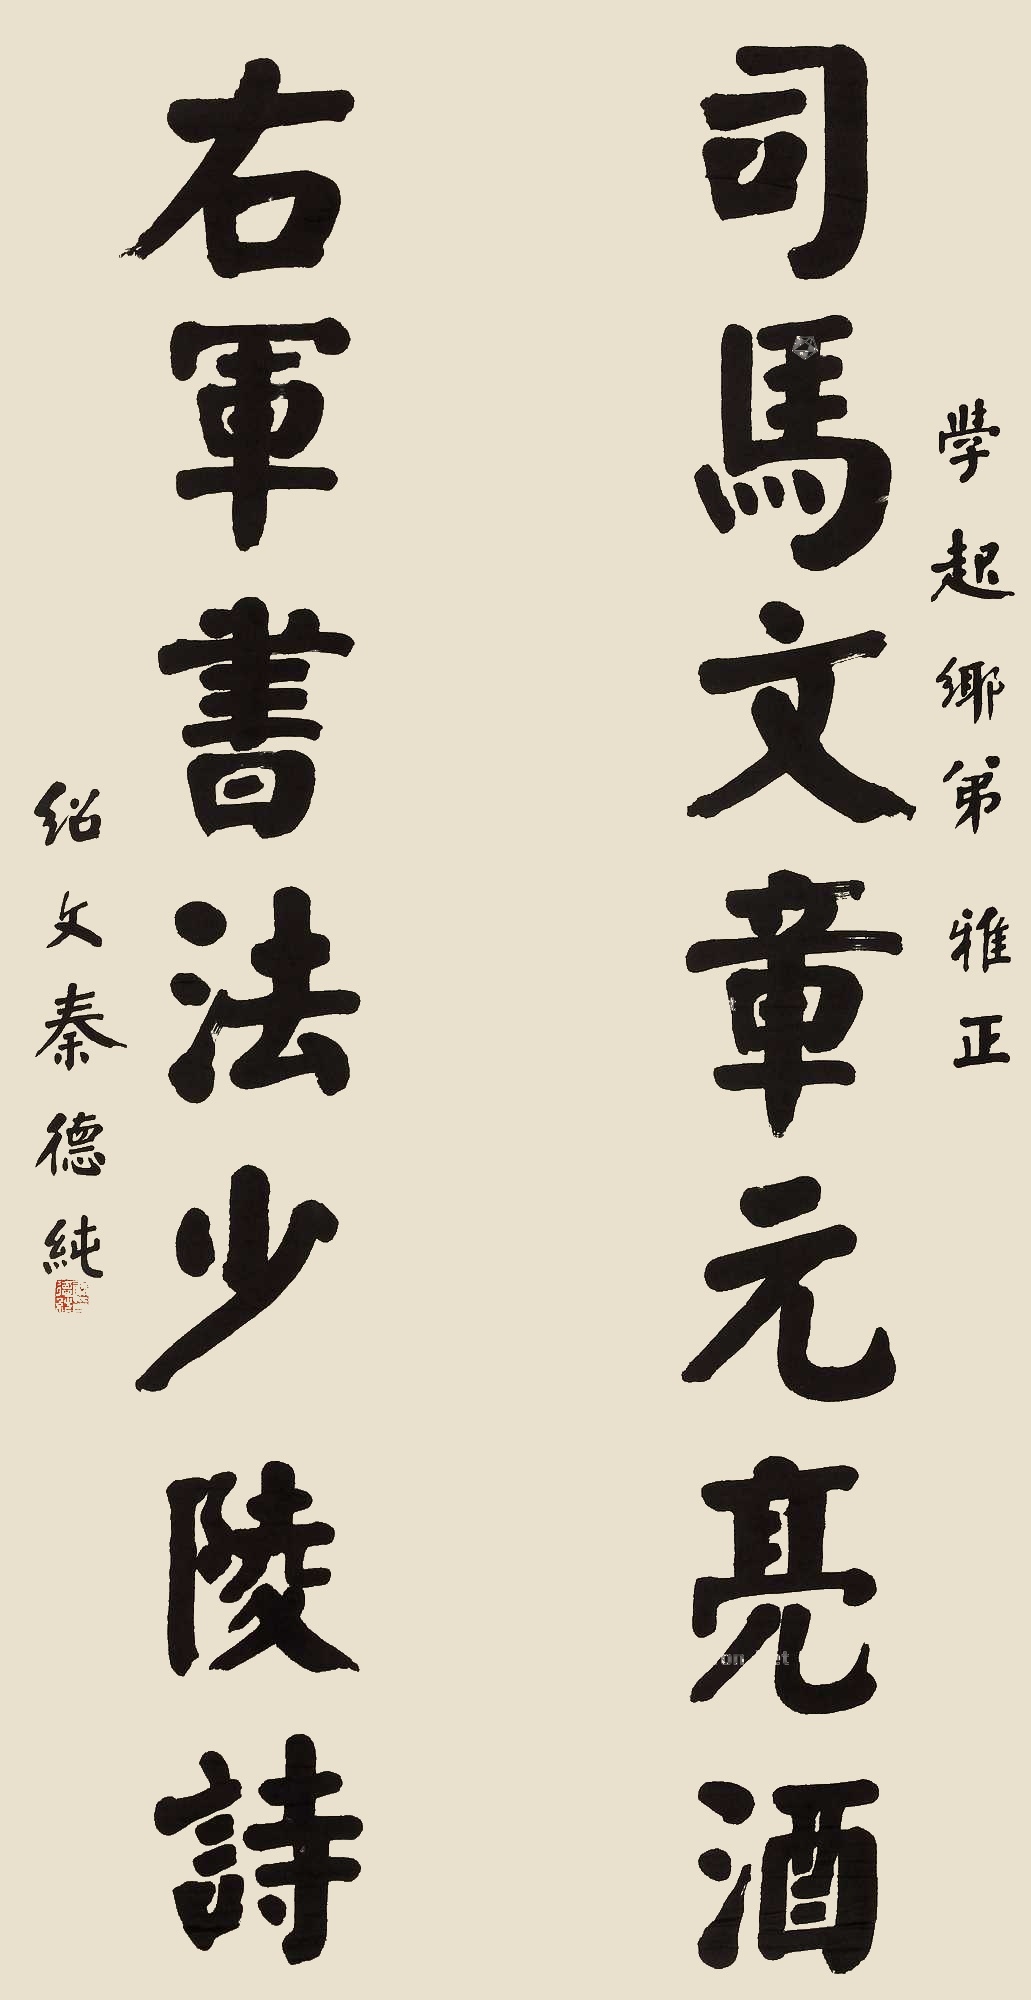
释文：司马文章元亮酒，右军书法少陵诗。学超乡弟雅正，绍文秦德纯。